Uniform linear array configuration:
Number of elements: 24
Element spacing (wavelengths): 0.75
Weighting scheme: hamming
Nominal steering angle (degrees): -30
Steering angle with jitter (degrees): -29.609
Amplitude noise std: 0.05
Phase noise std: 0.05

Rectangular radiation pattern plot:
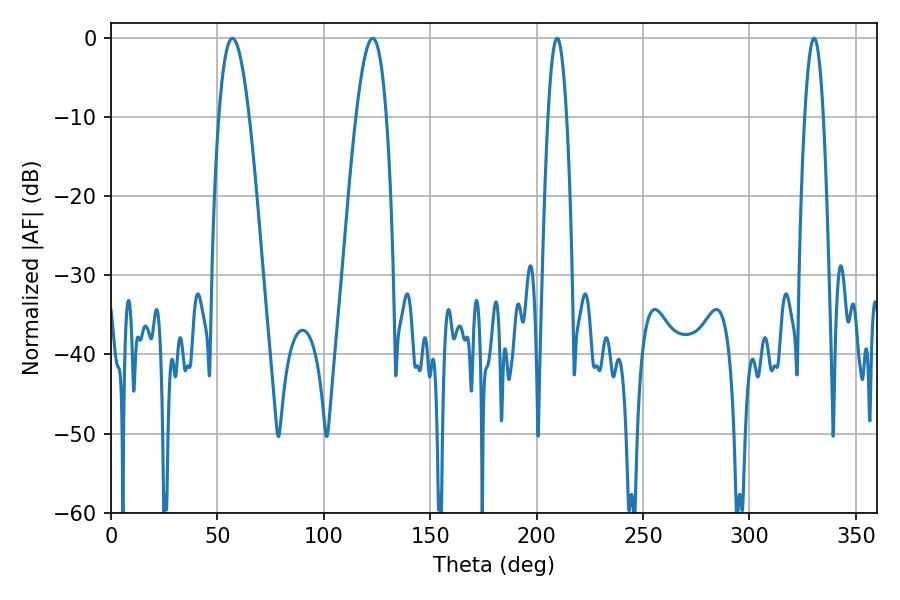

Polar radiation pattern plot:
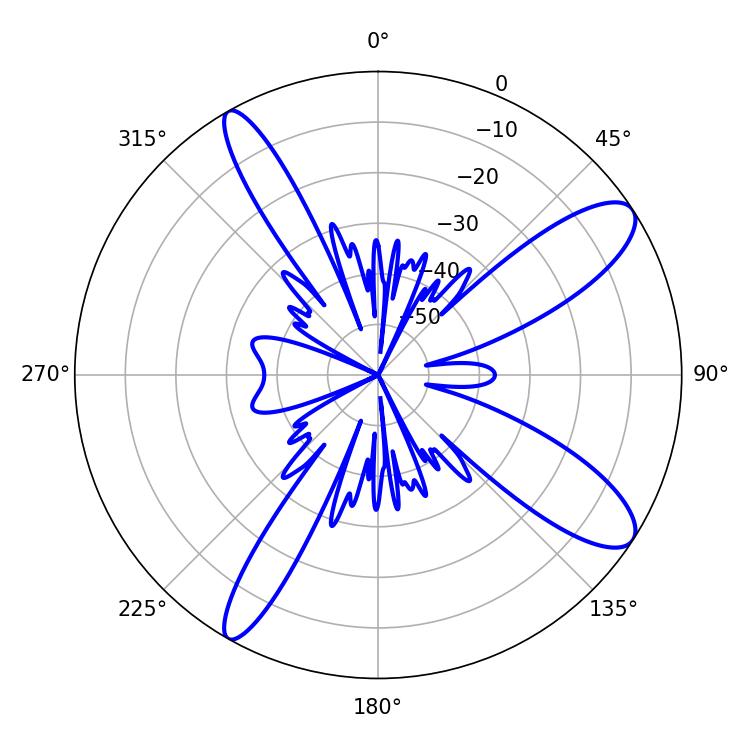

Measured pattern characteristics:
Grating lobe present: TRUE
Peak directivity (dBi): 11.028
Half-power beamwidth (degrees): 7.74
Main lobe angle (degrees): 57.06